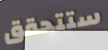
ستتحقق